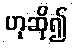
ဟုဆို၍